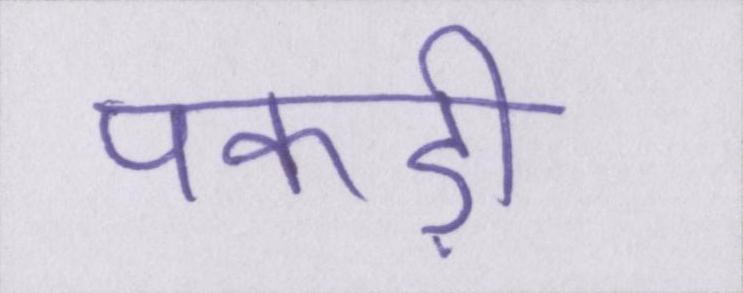
पकड़ी